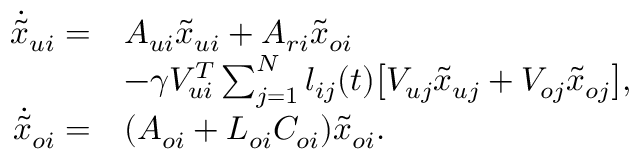
\begin{array} { r l } { \dot { \tilde { x } } _ { u i } = } & { A _ { u i } \tilde { x } _ { u i } + A _ { r i } \tilde { x } _ { o i } } \\ & { - \gamma V _ { u i } ^ { T } \sum _ { j = 1 } ^ { N } l _ { i j } ( t ) \big [ { V _ { u j } \tilde { x } _ { u j } + V _ { o j } \tilde { x } _ { o j } } \big ] , } \\ { \dot { \tilde { x } } _ { o i } = } & { ( A _ { o i } + L _ { o i } C _ { o i } ) \tilde { x } _ { o i } . } \end{array}